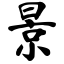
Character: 景